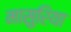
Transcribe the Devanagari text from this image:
मासुरिया